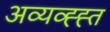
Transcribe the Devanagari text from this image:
अव्यव्ह्ह्त